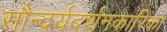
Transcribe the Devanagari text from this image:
सौन्दर्यदर्शनकारिका